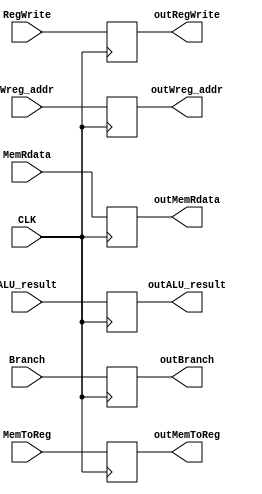
module pipe4(
  input CLK,
  input wire [31:0] MemRdata,
  input wire [4:0] Wreg_addr,
  input wire RegWrite,
  input wire [31:0] ALU_result,
  input wire MemToReg,
  input wire Branch,

  output reg [31:0] outMemRdata,
  output reg [4:0] outWreg_addr,
  output reg outRegWrite,
  output reg [31:0] outALU_result,
  output reg outMemToReg,
  output reg outBranch
);

always @(negedge CLK)
begin
  outMemRdata <= MemRdata;
  outWreg_addr <= Wreg_addr;
  outRegWrite <= RegWrite;
  outALU_result <= ALU_result;
  outMemToReg <= MemToReg;
  outBranch <= Branch;
end

endmodule